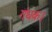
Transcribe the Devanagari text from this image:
गंधक।